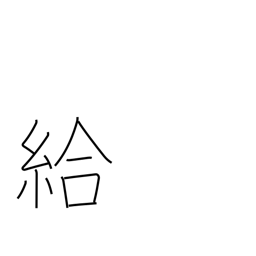
Meaning: wage